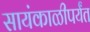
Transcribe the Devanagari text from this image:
सायंकाळीपर्यंत